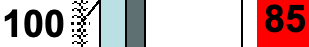
100      85